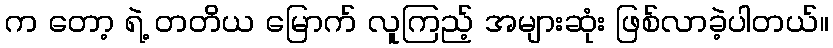
က တော့ ရဲ့ တတိယ မြောက် လူကြည့် အများဆုံး ဖြစ်လာခဲ့ပါတယ်။